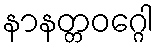
နာနတ္တဝဂ္ဂေါ